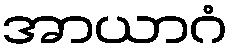
အာယာဂံ